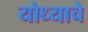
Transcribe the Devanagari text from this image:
योध्याचे